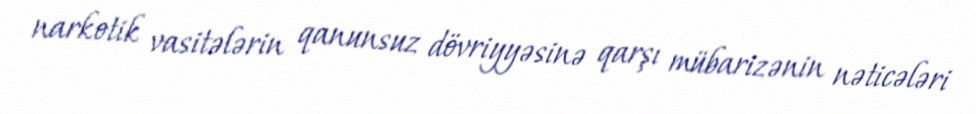
narkotik vasitələrin qanunsuz dövriyyəsinə qarşı mübarizənin nəticələri